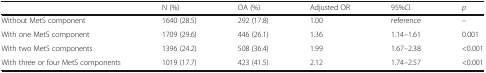
<table><thead><tr><td></td><td><b>N (%)</b></td><td><b>OA (%)</b></td><td><b>Adjusted OR</b></td><td><b>95%CI</b></td><td><b><i>p</i></b></td></tr></thead><tbody><tr><td>Without MetS component</td><td>1640 (28.5)</td><td>292 (17.8)</td><td>1.00</td><td>reference</td><td>–</td></tr><tr><td>With one MetS component</td><td>1709 (29.6)</td><td>446 (26.1)</td><td>1.36</td><td>1.14–1.61</td><td>0.001</td></tr><tr><td>With two MetS components</td><td>1396 (24.2)</td><td>508 (36.4)</td><td>1.99</td><td>1.67–2.38</td><td>&lt;0.001</td></tr><tr><td>With three or four MetS components</td><td>1019 (17.7)</td><td>423 (41.5)</td><td>2.12</td><td>1.74–2.57</td><td>&lt;0.001</td></tr></tbody></table>